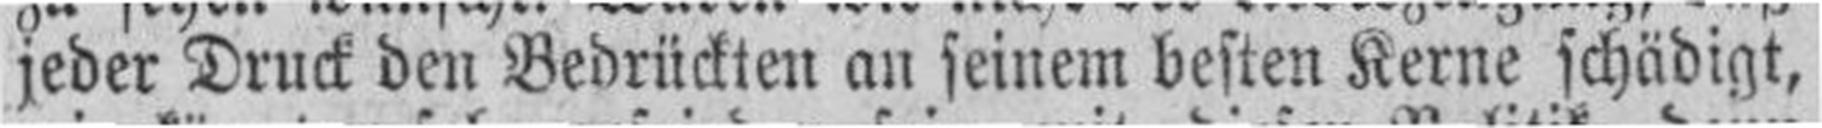
jeder Druck den Bedrückten an seinem besten Kerne schädigt,